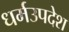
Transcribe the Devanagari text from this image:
धर्मउपदेश